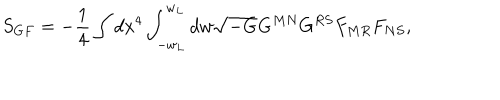
LaTeX: S _ { G F } = - \frac { 1 } { 4 } \int d x ^ { 4 } \int _ { - w _ { L } } ^ { w _ { L } } d w \sqrt { - G } G ^ { M N } G ^ { R S } F _ { M R } F _ { N S } ,